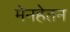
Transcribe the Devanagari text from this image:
मेनहेतन